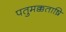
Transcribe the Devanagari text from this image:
पतुमक्कताष़ि